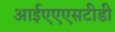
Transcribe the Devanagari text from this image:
आईएएएसटीडी